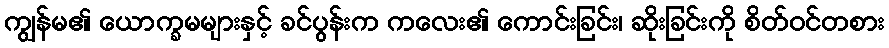
ကျွန်မ၏ ယောက္ခမများနှင့် ခင်ပွန်းက ကလေး၏ ကောင်းခြင်း၊ ဆိုးခြင်းကို စိတ်ဝင်တစား